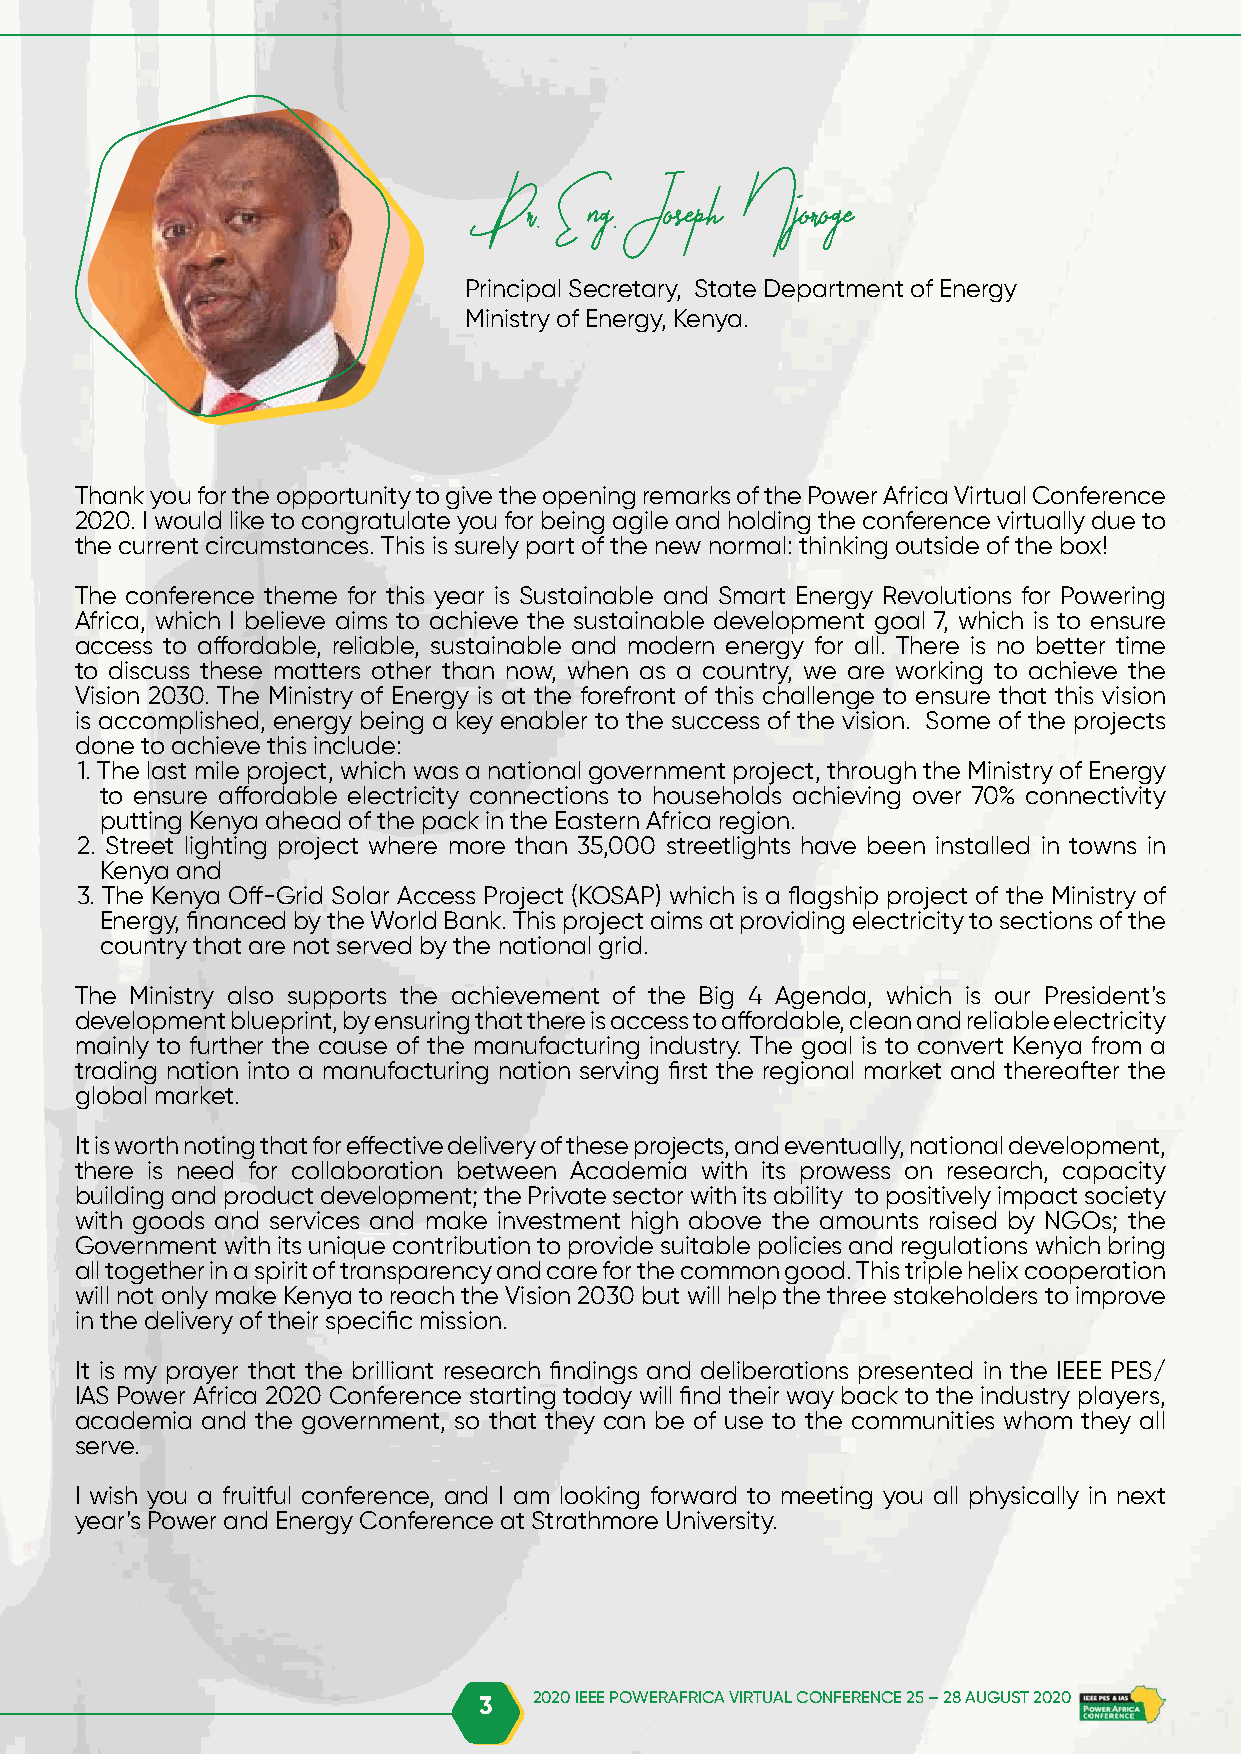
Dr. Eng. Joseph Njoroge
 Principal Secretary, State Department of Energy
 Ministry of Energy, Kenya.
 Thank you for the opportunity to give the opening remarks of the Power Africa Virtual Conference
 2020. I would like to congratulate you for being agile and holding the conference virtually due to
 the current circumstances. This is surely part of the new normal: thinking outside of the box!
 The conference theme for this year is Sustainable and Smart Energy Revolutions for Powering
 Africa, which I believe aims to achieve the sustainable development goal 7, which is to ensure
 access to affordable, reliable, sustainable and modern energy for all. There is no better time
 to discuss these matters other than now, when as a country, we are working to achieve the
 Vision 2030. The Ministry of Energy is at the forefront of this challenge to ensure that this vision
 is accomplished, energy being a key enabler to the success of the vision. Some of the projects
 done to achieve this include:
 1. The last mile project, which was a national government project, through the Ministry of Energy
 to ensure affordable electricity connections to households achieving over 70% connectivity
 putting Kenya ahead of the pack in the Eastern Africa region.
 2. Street lighting project where more than 35,000 streetlights have been installed in towns in
 Kenya and
 3. The Kenya Off-Grid Solar Access Project (KOSAP) which is a flagship project of the Ministry of
 Energy, financed by the World Bank. This project aims at providing electricity to sections of the
 country that are not served by the national grid.
 The Ministry also supports the achievement of the Big 4 Agenda, which is our President’s
 development blueprint, by ensuring that there is access to affordable, clean and reliable electricity
 mainly to further the cause of the manufacturing industry. The goal is to convert Kenya from a
 trading nation into a manufacturing nation serving first the regional market and thereafter the
 global market.
 It is worth noting that for effective delivery of these projects, and eventually, national development,
 there is need for collaboration between Academia with its prowess on research, capacity
 building and product development; the Private sector with its ability to positively impact society
 with goods and services and make investment high above the amounts raised by NGOs; the
 Government with its unique contribution to provide suitable policies and regulations which bring
 all together in a spirit of transparency and care for the common good. This triple helix cooperation
 will not only make Kenya to reach the Vision 2030 but will help the three stakeholders to improve
 in the delivery of their specific mission.
 It is my prayer that the brilliant research findings and deliberations presented in the IEEE PES/
 IAS Power Africa 2020 Conference starting today will find their way back to the industry players,
 academia and the government, so that they can be of use to the communities whom they all
 serve.
 I wish you a fruitful conference, and I am looking forward to meeting you all physically in next
 year’s Power and Energy Conference at Strathmore University.
 3  2020 IEEE POWERAFRICA VIRTUAL CONFERENCE 25 – 28 AUGUST 2020